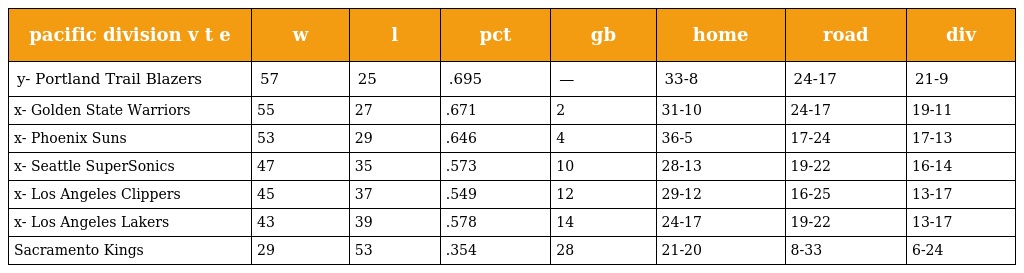
| pacific division v t e | w | l | pct | gb | home | road | div |
 | --- | --- | --- | --- | --- | --- | --- | --- |
 | y- Portland Trail Blazers | 57 | 25 | .695 | — | 33-8 | 24-17 | 21-9 |
 | x- Golden State Warriors | 55 | 27 | .671 | 2 | 31-10 | 24-17 | 19-11 |
 | x- Phoenix Suns | 53 | 29 | .646 | 4 | 36-5 | 17-24 | 17-13 |
 | x- Seattle SuperSonics | 47 | 35 | .573 | 10 | 28-13 | 19-22 | 16-14 |
 | x- Los Angeles Clippers | 45 | 37 | .549 | 12 | 29-12 | 16-25 | 13-17 |
 | x- Los Angeles Lakers | 43 | 39 | .578 | 14 | 24-17 | 19-22 | 13-17 |
 | Sacramento Kings | 29 | 53 | .354 | 28 | 21-20 | 8-33 | 6-24 |